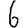
Digit: 6